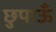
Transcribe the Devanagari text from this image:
छुपाऊँ